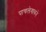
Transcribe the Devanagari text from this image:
पाचलेगावने